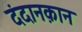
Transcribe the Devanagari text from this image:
दंदानक़ान